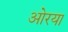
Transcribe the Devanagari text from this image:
ओरया